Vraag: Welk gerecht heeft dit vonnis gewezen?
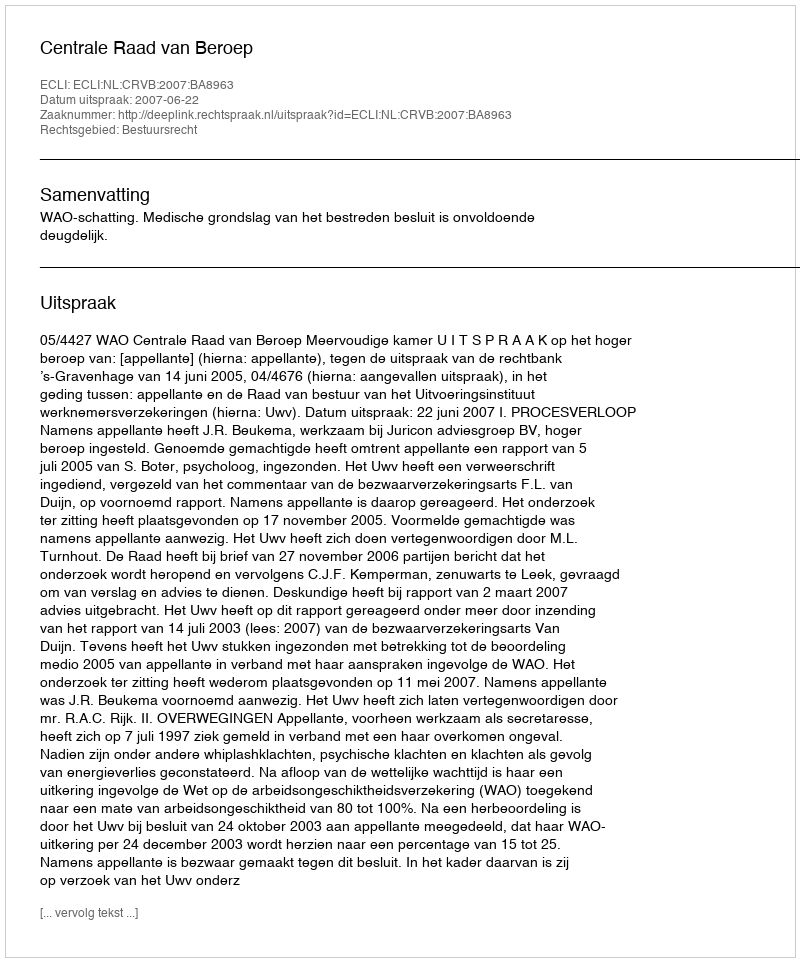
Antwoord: Centrale Raad van Beroep